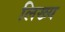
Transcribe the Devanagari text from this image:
लिख्य